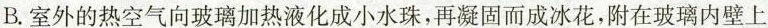
B.室外的热空气向玻璃加热液化成小水珠，再凝固而成冰花，附在玻璃内壁上